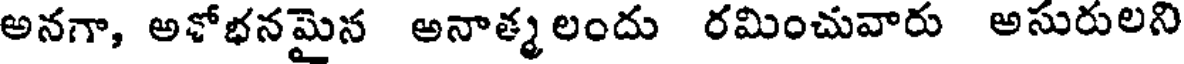
అనగా, అశోభనమైన అనాత్మలందు రమించువారు అసురులని